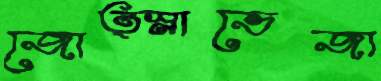
জোত্স্নাভেজা